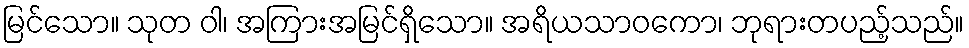
မြင်သော။ သုတ ဝါ၊ အကြားအမြင်ရှိသော။ အရိယသာဝကော၊ ဘုရားတပည့်သည်။